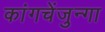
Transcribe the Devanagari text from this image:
कांगचेंजुन्गा